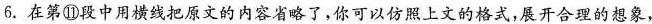
6.在第⑪段中用横线把原文的内容省略了，你可以仿照上文的格式，展开合理的想象，